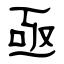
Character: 亟